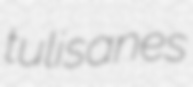
tulisanes